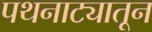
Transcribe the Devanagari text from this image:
पथनाट्यातून